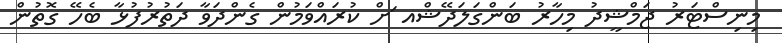
މިނިސްޓަރު ޖަމްޝީދު މިހާރު ބަންގަލަދޭޝްއ ަށް ކުރައްވަމުން ގެންދަވާ ދަތުރުފުޅާ ބެހޭ ގޮތުން